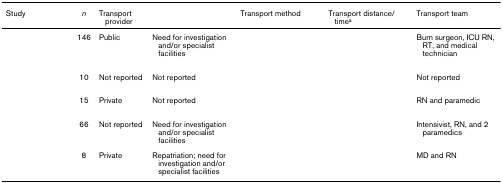
<table><thead><tr><td><b>Study</b></td><td><b><i>n</i></b></td><td><b>Transport provider</b></td><td>[EMPTY_CELL]</td><td><b>Transport method</b></td><td><b>Transport distance/time<sup>a</sup></b></td><td><b>Transport team</b></td></tr></thead><tbody><tr><td>[EMPTY_CELL]</td><td>146</td><td>Public</td><td>Need for investigation and/or specialist facilities</td><td>[EMPTY_CELL]</td><td>[EMPTY_CELL]</td><td>Burn surgeon, ICU RN, RT, and medical technician</td></tr><tr><td>[EMPTY_CELL]</td><td>10</td><td>Not reported</td><td>Not reported</td><td>[EMPTY_CELL]</td><td>[EMPTY_CELL]</td><td>Not reported</td></tr><tr><td>[EMPTY_CELL]</td><td>15</td><td>Private</td><td>Not reported</td><td>[EMPTY_CELL]</td><td>[EMPTY_CELL]</td><td>RN and paramedic</td></tr><tr><td>[EMPTY_CELL]</td><td>66</td><td>Not reported</td><td>Need for investigation and/or specialist facilities</td><td>[EMPTY_CELL]</td><td>[EMPTY_CELL]</td><td>Intensivist, RN, and 2 paramedics</td></tr><tr><td>[EMPTY_CELL]</td><td>8</td><td>Private</td><td>Repatriation; need for investigation and/or specialist facilities</td><td>[EMPTY_CELL]</td><td>[EMPTY_CELL]</td><td>MD and RN</td></tr></tbody></table>